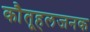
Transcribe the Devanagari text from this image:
कौतूहलजनक